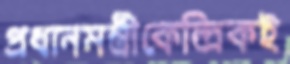
প্রধানমন্ত্রীকেন্দ্রিকই